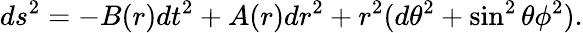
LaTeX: d{s}^{2}=-B(r)d{t}^{2}+A(r)dr^{2}+r^{2}(d\theta^{2}+\sin^{2}\theta\phi^{2}).